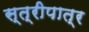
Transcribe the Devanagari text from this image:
स्त्रीपात्र